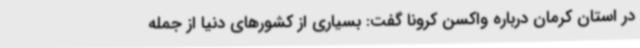
در استان کرمان درباره واکسن کرونا گفت: بسیاری از کشورهای دنیا از جمله